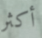
أكثر